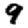
Digit: 9